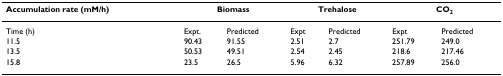
<table><thead><tr><td><b>Accumulation rate (mM/h)</b></td><td colspan="2"><b>Biomass</b></td><td colspan="2"><b>Trehalose</b></td><td colspan="2"><b>CO<sub>2</sub></b></td></tr></thead><tbody><tr><td>Time (h)</td><td>Expt.</td><td>Predicted</td><td>Expt</td><td>Predicted</td><td>Expt</td><td>Predicted</td></tr><tr><td>11.5</td><td>90.43</td><td>91.55</td><td>2.51</td><td>2.7</td><td>251.79</td><td>249.0</td></tr><tr><td>13.5</td><td>50.53</td><td>49.51</td><td>2.54</td><td>2.45</td><td>218.6</td><td>217.46</td></tr><tr><td>15.8</td><td>23.5</td><td>26.5</td><td>5.96</td><td>6.32</td><td>257.89</td><td>256.0</td></tr></tbody></table>